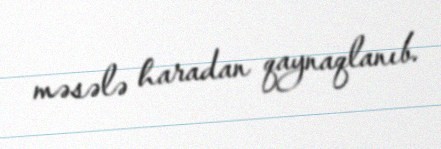
məsələ haradan qaynaqlanıb.